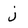
Character: j